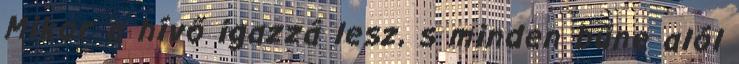
Mikor a hívő igazzá lesz, s minden bűne alól